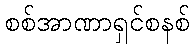
စစ်အာဏာရှင်စနစ်